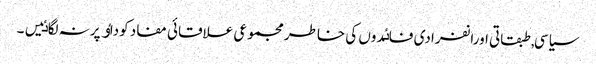
سیاسی, طبقاتی اورانفرادی فاٸدوں کی خاطر مجموعی علاقائی مفاد کوداٶ پرنہ لگاٸیں۔